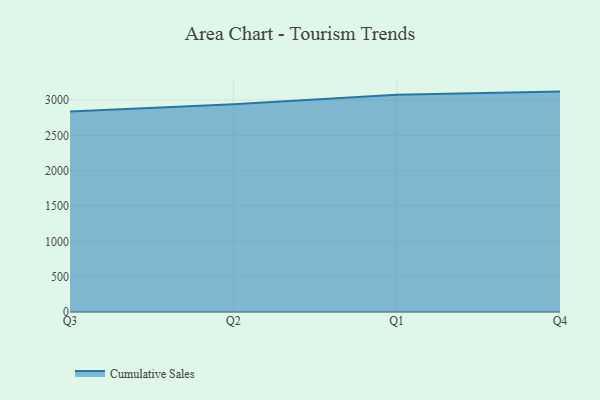
{"axis": {"x": "Quarter", "y": "Waste Production (Tons)"}, "legend": ["Cumulative Sales"], "data": [{"x": "Q3", "y": 2837.3, "type": "Cumulative Sales"}, {"x": "Q2", "y": 2941.1, "type": "Cumulative Sales"}, {"x": "Q1", "y": 3073.2, "type": "Cumulative Sales"}, {"x": "Q4", "y": 3119.1, "type": "Cumulative Sales"}]}